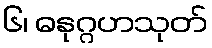
၆၊ ဓနုဂ္ဂဟသုတ်